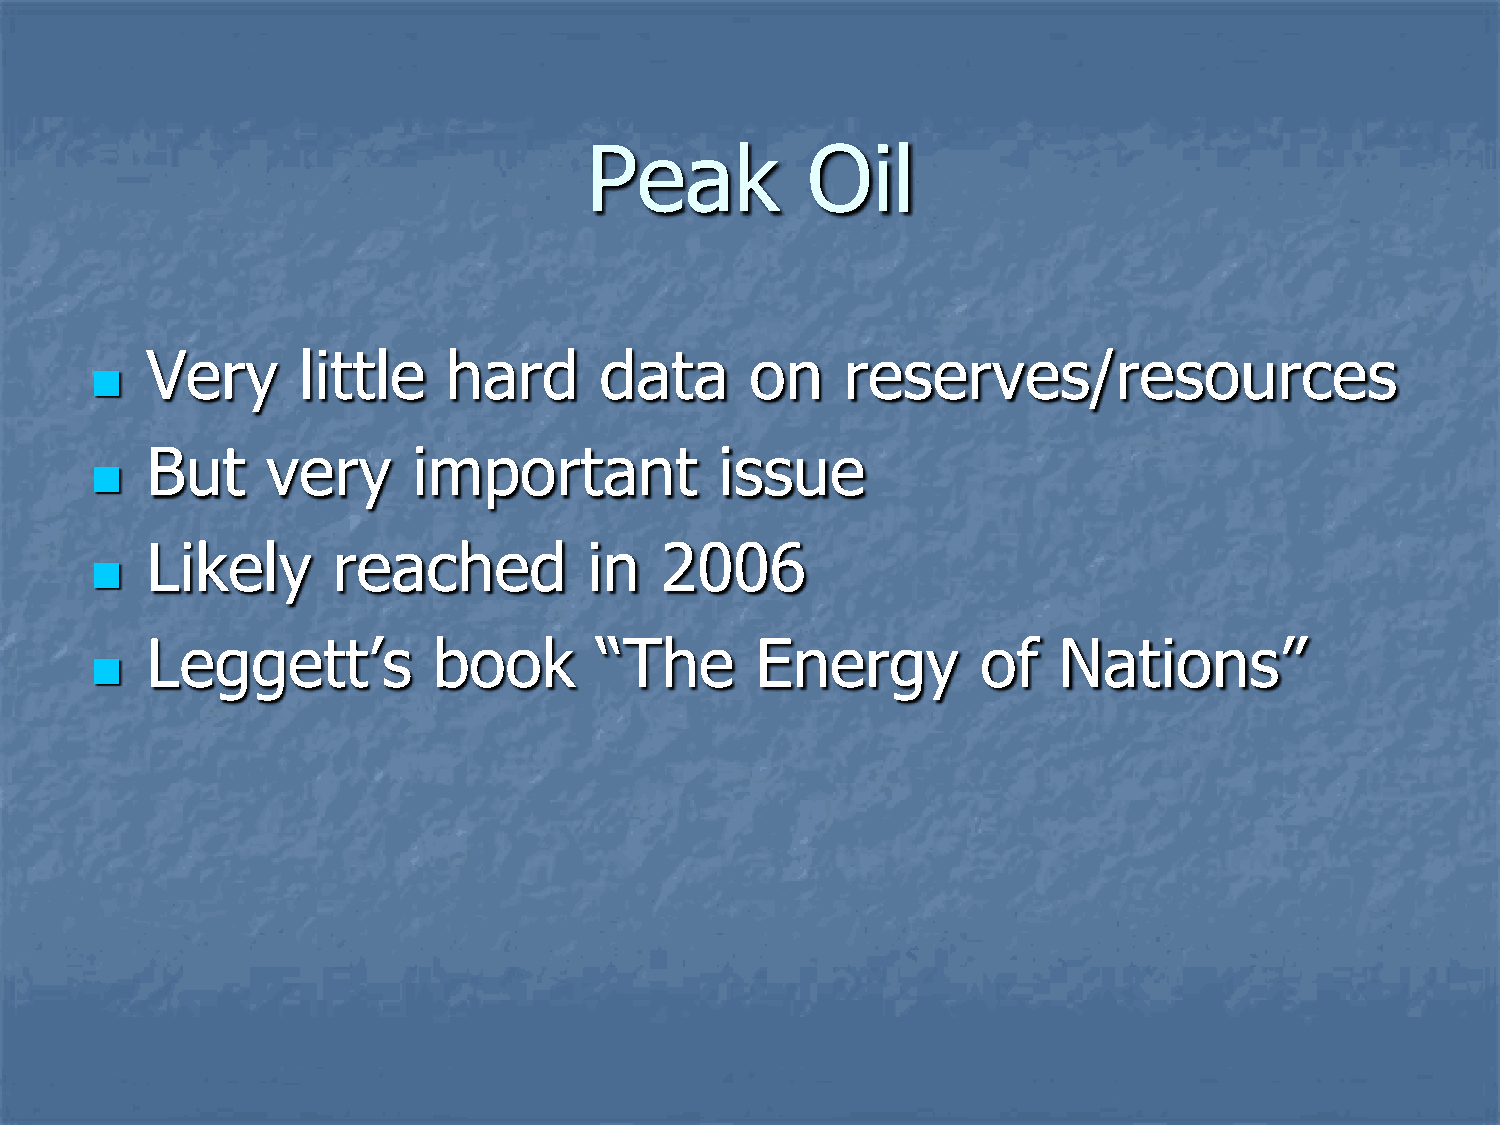
Peak          Oil
 Very      little    hard      data      on    reserves/resources
 
 But     very     important            issue
 
 Likely      reached          in   2006
 
 Leggett’s          book      “The       Energy         of   Nations”
 